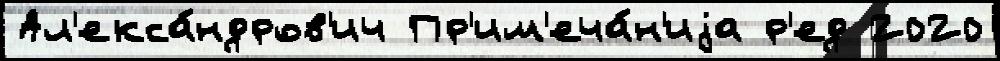
Ал'екса́ндров'ич Пр'им'еча́н'иjа р'ед 2020